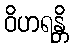
ဝိဟရန္တိ